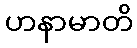
ဟနာမာတိ